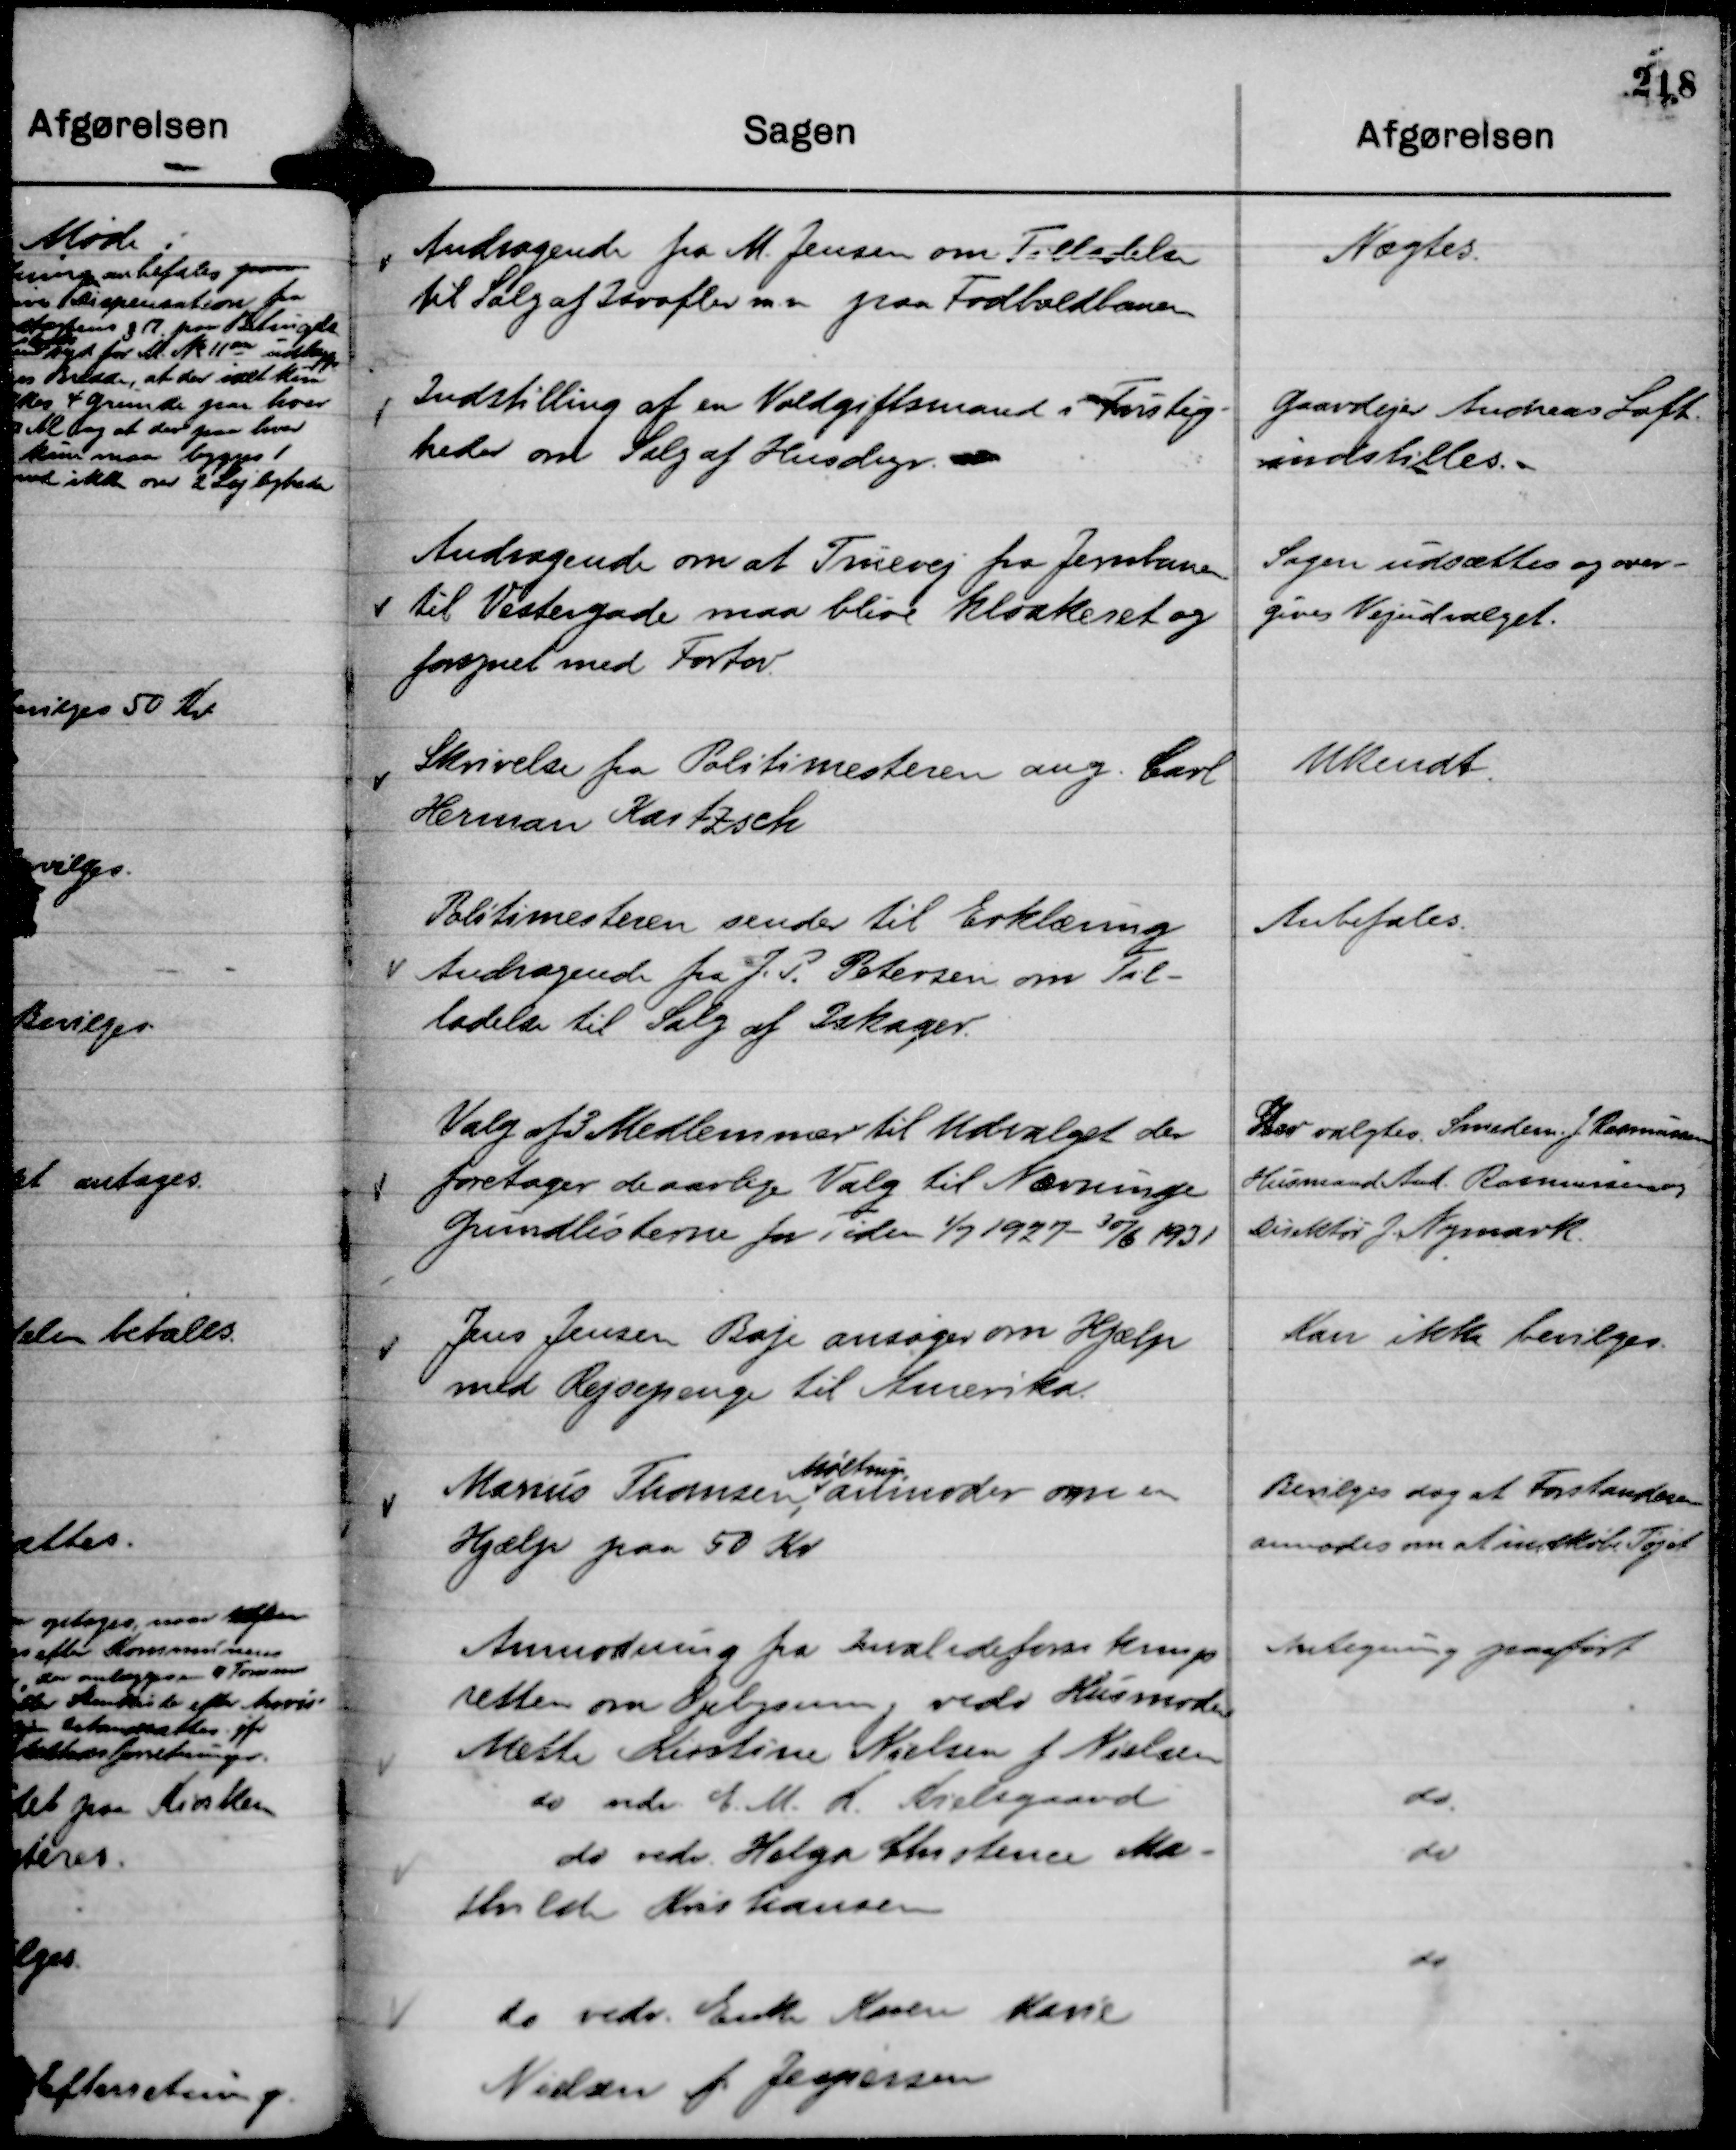
Transskription:
Andragende fra M. Jensen om Tilladelse
til Salg af Isvafler m. m paa Fodboldbanen

Nægtes.

Indstilling af en Voldgiftsmand i Tvistig-
heder om Salg af Husdyr. m

Gaardejer Andreas Loft
indstilles.

Andragende om at Truevej fra Jernbanen
til Vestergade maa blive kloakeret og
forsynet med Fortov.

Sagen udsættes og over-
gives Vejudvalget.

Skrivelse fra Politimesteren ang. Carl
Herman Kastzsch

Ukendt.

Politimesteren sender til Erklæring
Andragende fra J. P. Petersen om Til-
ladelse til Salg af Iskager.

Anbefales.

Valg af 3 Medlemmer til Udvalget der
foretager de aarlige Valg til Nævninge
Grundlisterne for Tiden 1/7 1927 - 30/6 1931

Der valgtes Smedem. J. Rasmussen
Husmand And. Rasmussen
Direktør J. Nymark.

Jens Jensen Boje ansøger om Hjælp
med Rejsepenge til Amerika.

Kan ikke bevilges.

Marius Thomsen
Møltrup,
anmoder om en
Hjælp paa 50 Kr

Bevilges dog at Forstanderen
anmodes om at indkøbe Tøjet

Anmodning fra Invalideforsikrings
retten om Oplysning vedr Husmoder
Mette Kirstine Nielsen f Nielsen

Antegning paaført

do vedr. C. M. K. Kielsgaard

do.

do vedr. Helga Christence Ma-
thilde Kristiansen

do

do vedr. Enke Karen Marie
Nielsen f. Jespersen

do